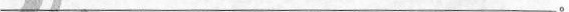
________________________。